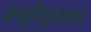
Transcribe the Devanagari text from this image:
क्यूरिकुलम